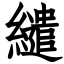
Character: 繾